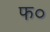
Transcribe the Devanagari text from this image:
फ०